Indian journal of veterinary science and animal husbandry - Volume 4,
Year: 1934
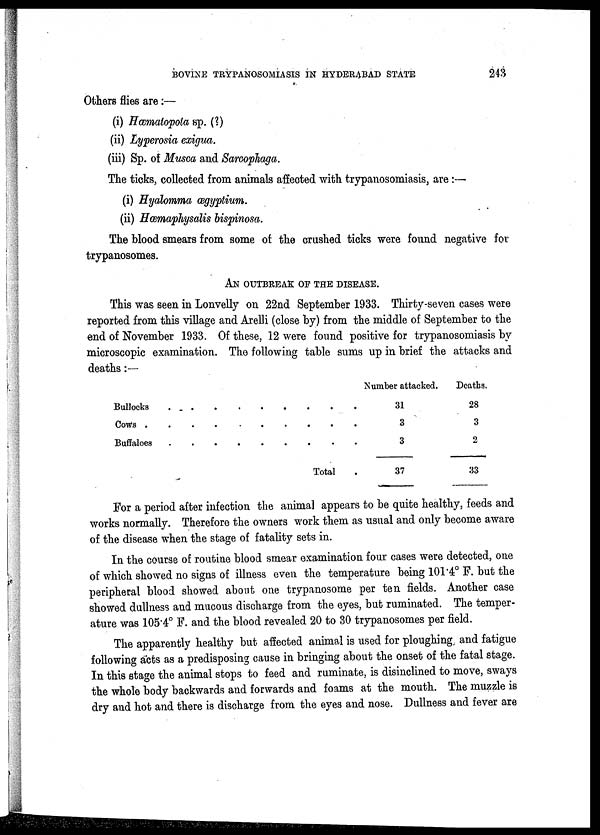
BOVINE TRYPANOSOMIASIS IN HYDERABAD STATE
243
Others flies are:—
(i) Hæmatopota sp. (?)
(ii) Lyperosia exigua.
(iii) Sp. of Musca and Sarcophaga.
The ticks, collected from animals affected with trypanosomiasis, are :—
(i) Hyalomma ægyptium.
(ii) Hæmaphysalis bispinosa.
The blood smears from some of the crushed ticks were found negative for
trypanosomes.
AN OUTBREAK OF THE DISEASE.
This was seen in Lonvelly on 22nd September 1933. Thirty-seven cases were
reported from this village and Arelli (close by) from the middle of September to the
end of November 1933. Of these, 12 were found positive for trypanosomiasis by
microscopic examination. The following table sums up in brief the attacks and
deaths:—
Bullocks . . . . . . . .
Cows
.
.
.
.
.
.
.
.
.
.
Buffaloes . . . . . . . .
Total .
Number attacked.
31
3
3
37
Deaths.
28
3
2
33
For a period after infection the animal appears to be quite healthy, feeds and
works normally. Therefore the owners work them as usual and only become aware
of the disease when the stage of fatality sets in.
In the course of routine blood smear examination four cases were detected, one
of which showed no signs of illness even the temperature being 101.4° F. but the
peripheral blood showed about one trypanosome per ten fields. Another case
showed dullness and mucous discharge from the eyes, but ruminated. The temper-
ature was 105.4° F. and the blood revealed 20 to 30 trypanosomes per field.
The apparently healthy but affected animal is used for ploughing and fatigue
following acts as a predisposing cause in bringing about the onset of the fatal stage.
In this stage the animal stops to feed and ruminate, is disinclined to move, sways
the whole body backwards and forwards and foams at the mouth. The muzzle is
dry and hot and there is discharge from the eyes and nose. Dullness and fever are